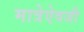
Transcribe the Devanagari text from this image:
मात्रेऐवजी